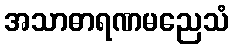
အသာဓာရဏမညေသံ